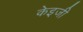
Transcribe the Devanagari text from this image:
केइजी